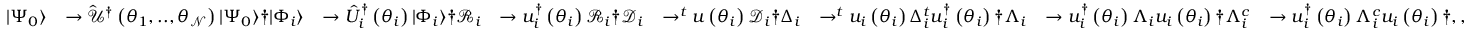
\begin{array} { r l r l r l r l } { \vert \Psi _ { 0 } \rangle } & { \rightarrow \hat { \mathcal { U } } ^ { \dagger } \left( \theta _ { 1 } , . . , \theta _ { \mathcal { N } } \right) \vert \Psi _ { 0 } \rangle \dag \vert \Phi _ { i } \rangle } & { \rightarrow \hat { U } _ { i } ^ { \dagger } \left( \theta _ { i } \right) \vert \Phi _ { i } \rangle \dag \mathcal { R } _ { i } } & { \rightarrow u _ { i } ^ { \dagger } \left( \theta _ { i } \right) \mathcal { R } _ { i } \dag \mathcal { D } _ { i } } & { \rightarrow ^ { t } u \left( \theta _ { i } \right) \mathcal { D } _ { i } \dag \Delta _ { i } } & { \rightarrow ^ { t } u _ { i } \left( \theta _ { i } \right) \Delta _ { i } ^ { t } u _ { i } ^ { \dagger } \left( \theta _ { i } \right) \dag \Lambda _ { i } } & { \rightarrow u _ { i } ^ { \dagger } \left( \theta _ { i } \right) \Lambda _ { i } u _ { i } \left( \theta _ { i } \right) \dag \Lambda _ { i } ^ { c } } & { \rightarrow u _ { i } ^ { \dagger } \left( \theta _ { i } \right) \Lambda _ { i } ^ { c } u _ { i } \left( \theta _ { i } \right) \dag , , } \end{array}